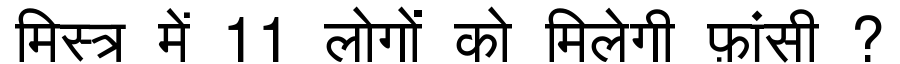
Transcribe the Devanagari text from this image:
मिस्त्र में 11 लोगों को मिलेगी फ़ांसी ?